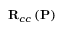
\mathbf { R } _ { c c } \left( \mathbf { P } \right)